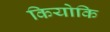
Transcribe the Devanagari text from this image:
कियोकि